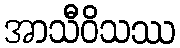
အာသီဝိသဿ